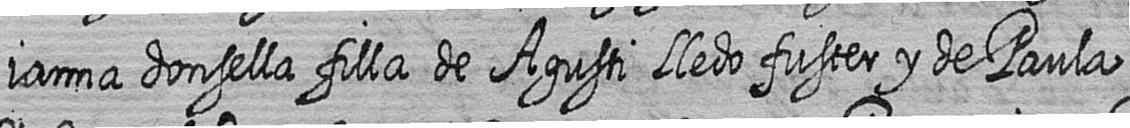
ianna donsella filla de Agusti lledo fuster y de Paula